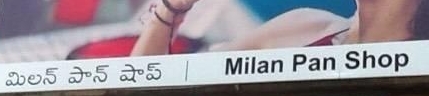
Language: telugu
Transcription: పాన్ షాప్ మిలన్